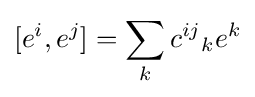
[e^{i},e^{j}]=\sum _{k}{c^{ij}}_{k}e^{k}